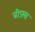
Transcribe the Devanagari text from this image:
ब्रीफ़्स